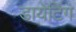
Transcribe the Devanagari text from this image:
डायेटिंग